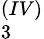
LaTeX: _3^{(IV)}